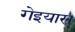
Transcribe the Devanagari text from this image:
गेइयास